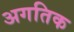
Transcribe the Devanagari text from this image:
अगतिक